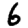
Digit: 6